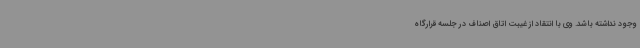
وجود نداشته باشد. وی با انتقاد از غیبت اتاق اصناف در جلسه قرارگاه